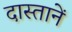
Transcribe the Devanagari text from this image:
दास्तानें